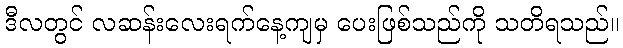
ဒီလတွင် လဆန်းလေးရက်နေ့ကျမှ ပေးဖြစ်သည်ကို သတိရသည်။